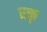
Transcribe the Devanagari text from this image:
रक्